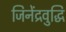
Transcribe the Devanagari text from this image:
जिनेंद्रवुद्धि